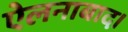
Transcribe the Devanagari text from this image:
ऐलनाबाद।